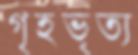
গৃহভৃত্য